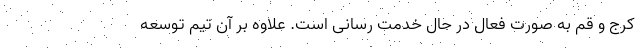
کرج و قم به صورت فعال در حال خدمت رسانی است. علاوه بر آن تیم توسعه